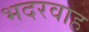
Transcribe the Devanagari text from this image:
भदरवाह